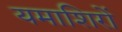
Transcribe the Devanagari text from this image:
यमाशिरों